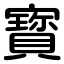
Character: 寳